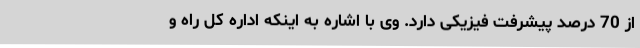
از 70 درصد پیشرفت فیزیکی دارد. وی با اشاره به اینکه اداره کل راه و